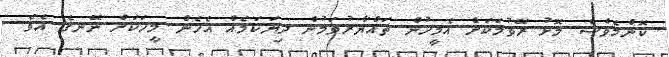
ކޮންމެވެސް މޮޅު ރޭވުމަކަށް އެމީހުން ތައްޔާރުވަމުން ދިޔަކަމެއް އެހެން މީހަކަށް ނޭނގެ އެވެ.